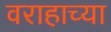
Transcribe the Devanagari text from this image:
वराहाच्या